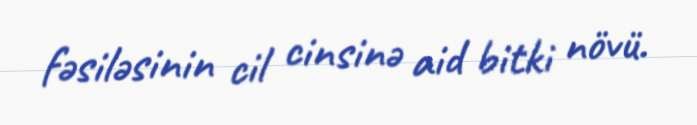
fəsiləsinin cil cinsinə aid bitki növü.